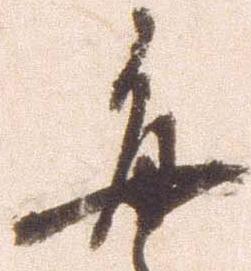
毎